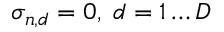
\sigma _ { n , d } = 0 , \; d = 1 \ldots D